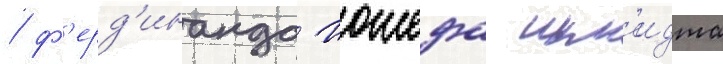
/ ф'ерд'инанда иожефа шм'идта